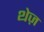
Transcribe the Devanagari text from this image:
थेज़